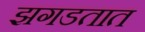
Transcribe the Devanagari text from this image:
झगडतात